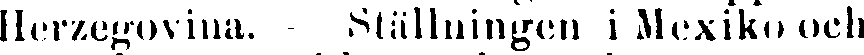
Herzegovina. Ställningen i Mexiko och